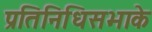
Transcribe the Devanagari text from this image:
प्रतिनिधिसभाके